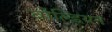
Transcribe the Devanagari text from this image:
बोल्डियन